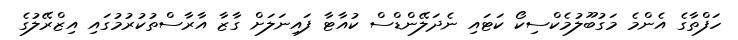
ހަފްތާގެ އެންމެ މަގުބޫލުމެކްސިކޯ ކަޓައި ނެދަލޭންޑްސް ކުއާޓާ ފައިނަލަށް ގާޒާ އާރާސްތުކުރުމުގައި އިޒްރޭލުގެ